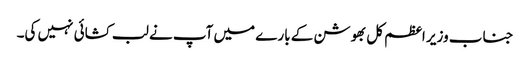
جناب وزیر اعظم کل بھوشن کے بارے میں آپ نے لب کشائی نہیں کی۔